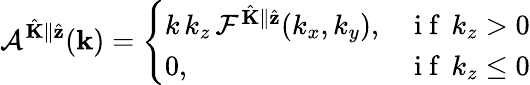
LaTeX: \mathcal{A}^{\hat{\mathbf{K}}\parallel\hat{\mathbf{z}}}(\mathbf{k})=\left\{ \begin{array}{ll}{k\, k_{z}\, \mathcal{F}^{\hat{\mathbf{K}}\parallel\hat{\mathbf{z}}}(k_{x},k_{y}),}&{\mathrm{~i~f~}\, k_{z}>0}\\ {0,}&{\mathrm{~i~f~}\, k_{z}\leq 0}\end{array}\right.